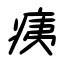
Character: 痍